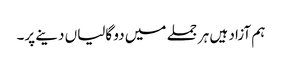
ہم آزاد ہیں ہر جملے میں دو گالیاں دینے پر۔